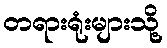
တရားရုံးများသို့